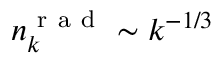
n _ { k } ^ { \mathrm { ~ r ~ a ~ d ~ } } \sim k ^ { - 1 / 3 }